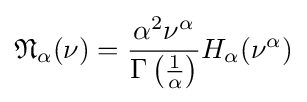
{\mathfrak {N}}_{\alpha }(\nu )={\frac {\alpha ^{2}\nu ^{\alpha }}{\Gamma \left({\frac {1}{\alpha }}\right)}}H_{\alpha }(\nu ^{\alpha })